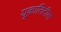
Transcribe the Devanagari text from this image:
यूक्रातिदीस